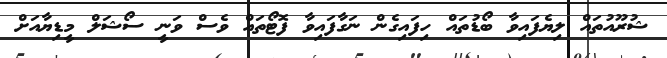
ޝުރޫއުތައް ލިޔެފައިވާ ބޯޑުތައް ހިފައިގެން ނަގާފައިވާ ފޮޓޯތައް ވެސް ވަނީ ސޯޝަލް މީޑިޔާއަށް